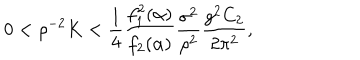
0 < \rho ^ { - 2 } K < { \frac { 1 } { 4 } } { \frac { f _ { 1 } ^ { 2 } ( \alpha ) } { f _ { 2 } ( \alpha ) } } { \frac { \sigma ^ { 2 } } { \rho ^ { 2 } } } { \frac { g ^ { 2 } C _ { 2 } } { 2 \pi ^ { 2 } } } ,